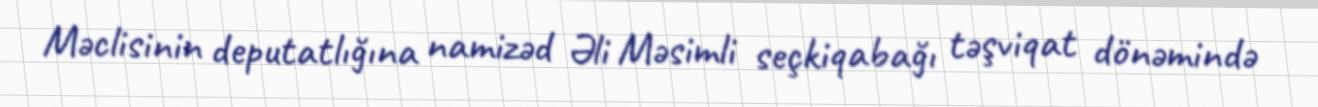
Məclisinin deputatlığına namizəd Əli Məsimli seçkiqabağı təşviqat dönəmində